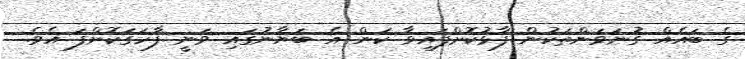
ގެ ބައެއް ގުނަވަންތަކުން ފާޅުކޮށްފައިވާ ކަން އެ ބަޔާނުގައި ވަނީ ފާހަގަކޮށްފަ އެވެ.